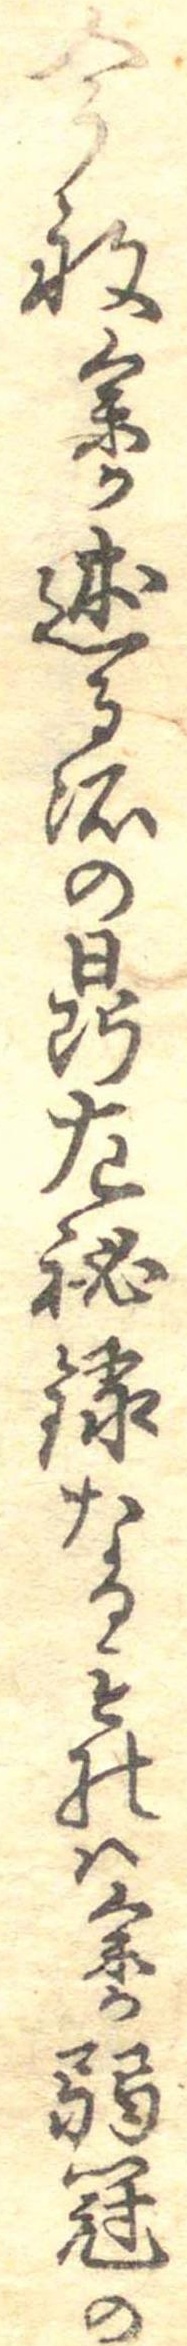
今般余か述る所の鼎左秘録なるものは余か弱冠の